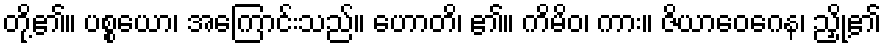
တို့၏။ ပစ္စယော၊ အကြောင်းသည်။ ဟောတိ၊ ၏။ ကိမိဝ၊ ကား။ ဇိယာဝေဂေန၊ ညှို့၏